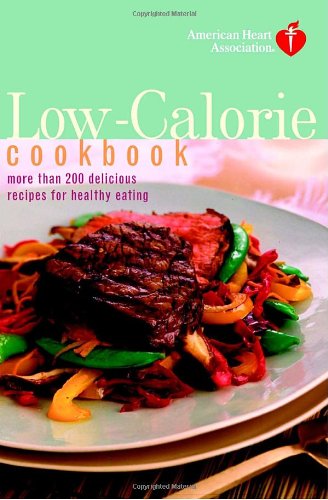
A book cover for American Heart Association Low-Calorie Cookbook: More than 200 Delicious Recipes for Healthy Eating; American Heart Association; Health, Fitness & Dieting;